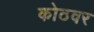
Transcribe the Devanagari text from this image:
कोठवर